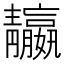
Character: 𩇤